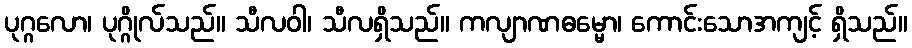
ပုဂ္ဂလော၊ ပုဂ္ဂိုလ်သည်။ သီလဝါ၊ သီလရှိသည်။ ကလျာဏဓမ္မော၊ ကောင်းသောအကျင့် ရှိသည်။